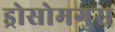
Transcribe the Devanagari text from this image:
ड्रोसोमगुस